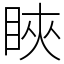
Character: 䀹